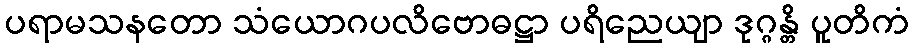
ပရာမသနတော သံယောဂပလိဗောဓဋ္ဌာ ပရိညေယျာ ဒုဂ္ဂန္တိ ပူတိကံ